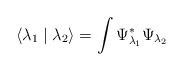
\begin{align*}\left<\lambda_1\mid\lambda_2\right> = \int \Psi^*_{\lambda_1} \Psi_{\lambda_2}\end{align*}